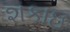
શકાઇ